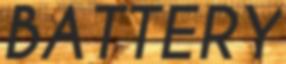
BATTERY